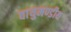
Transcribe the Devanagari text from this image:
वायुमण्डीय